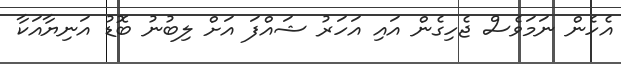
އެހެން ނަމަވެސް ޖެހިގެން އައި އަހަރު ޝައްފަ އަށް ލިބުނު ބޮޑު އަނިޔާއަކާ